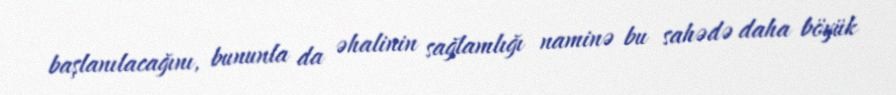
başlanılacağını, bununla da əhalinin sağlamlığı naminə bu sahədə daha böyük